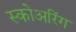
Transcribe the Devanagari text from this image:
स्कोअरिंग